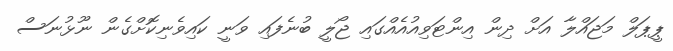
ޕީޕަލް މަޖައްލާ އަށް ދިން އިންޓަވިއުއެއްގައި ޖޯލީ ބުނެފައި ވަނީ ކައިވެނިކޮށްގެން ނޫޅުނަސް